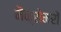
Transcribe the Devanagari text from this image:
मैक्रोमरों